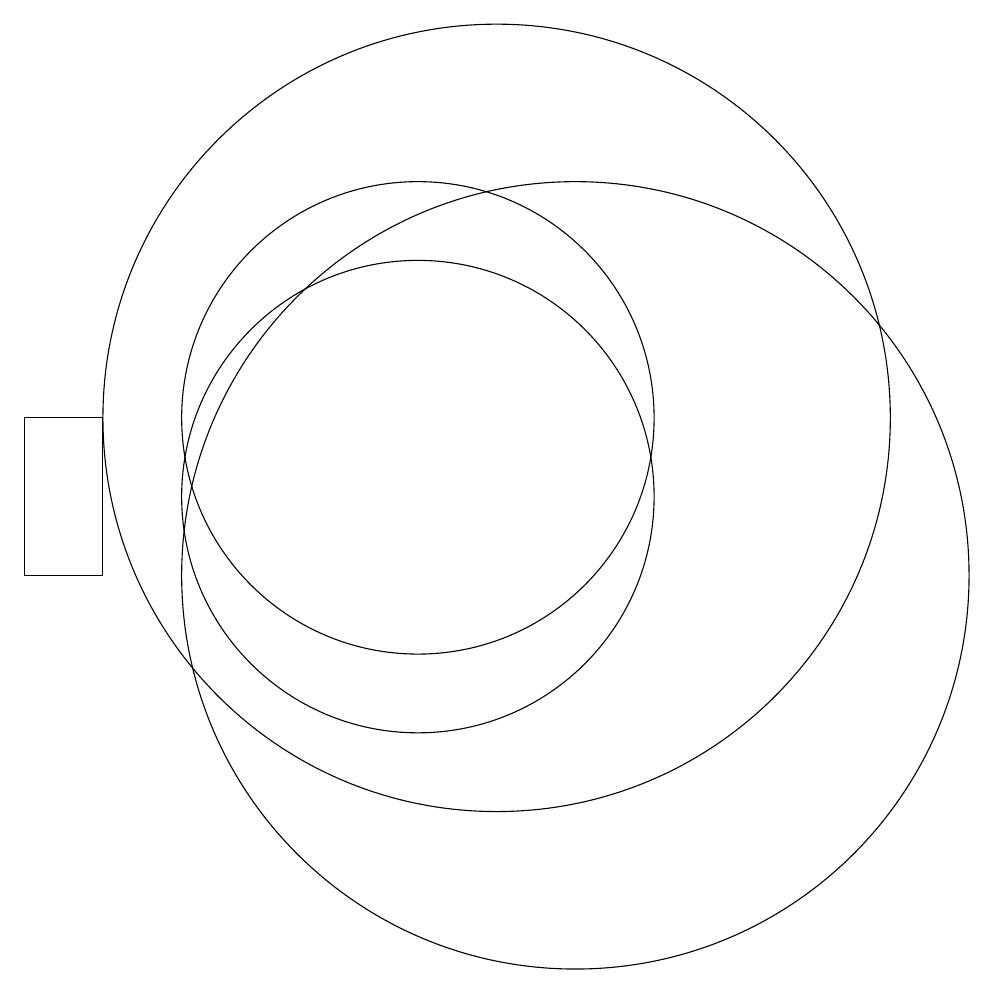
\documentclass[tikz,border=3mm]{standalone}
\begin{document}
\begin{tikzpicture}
\draw (5,12) rectangle (6,10);
\draw (11,12) circle (5);
\draw (10,12) circle (3);
\draw (12,10) circle (5);
\draw (10,11) circle (3);
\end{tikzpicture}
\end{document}